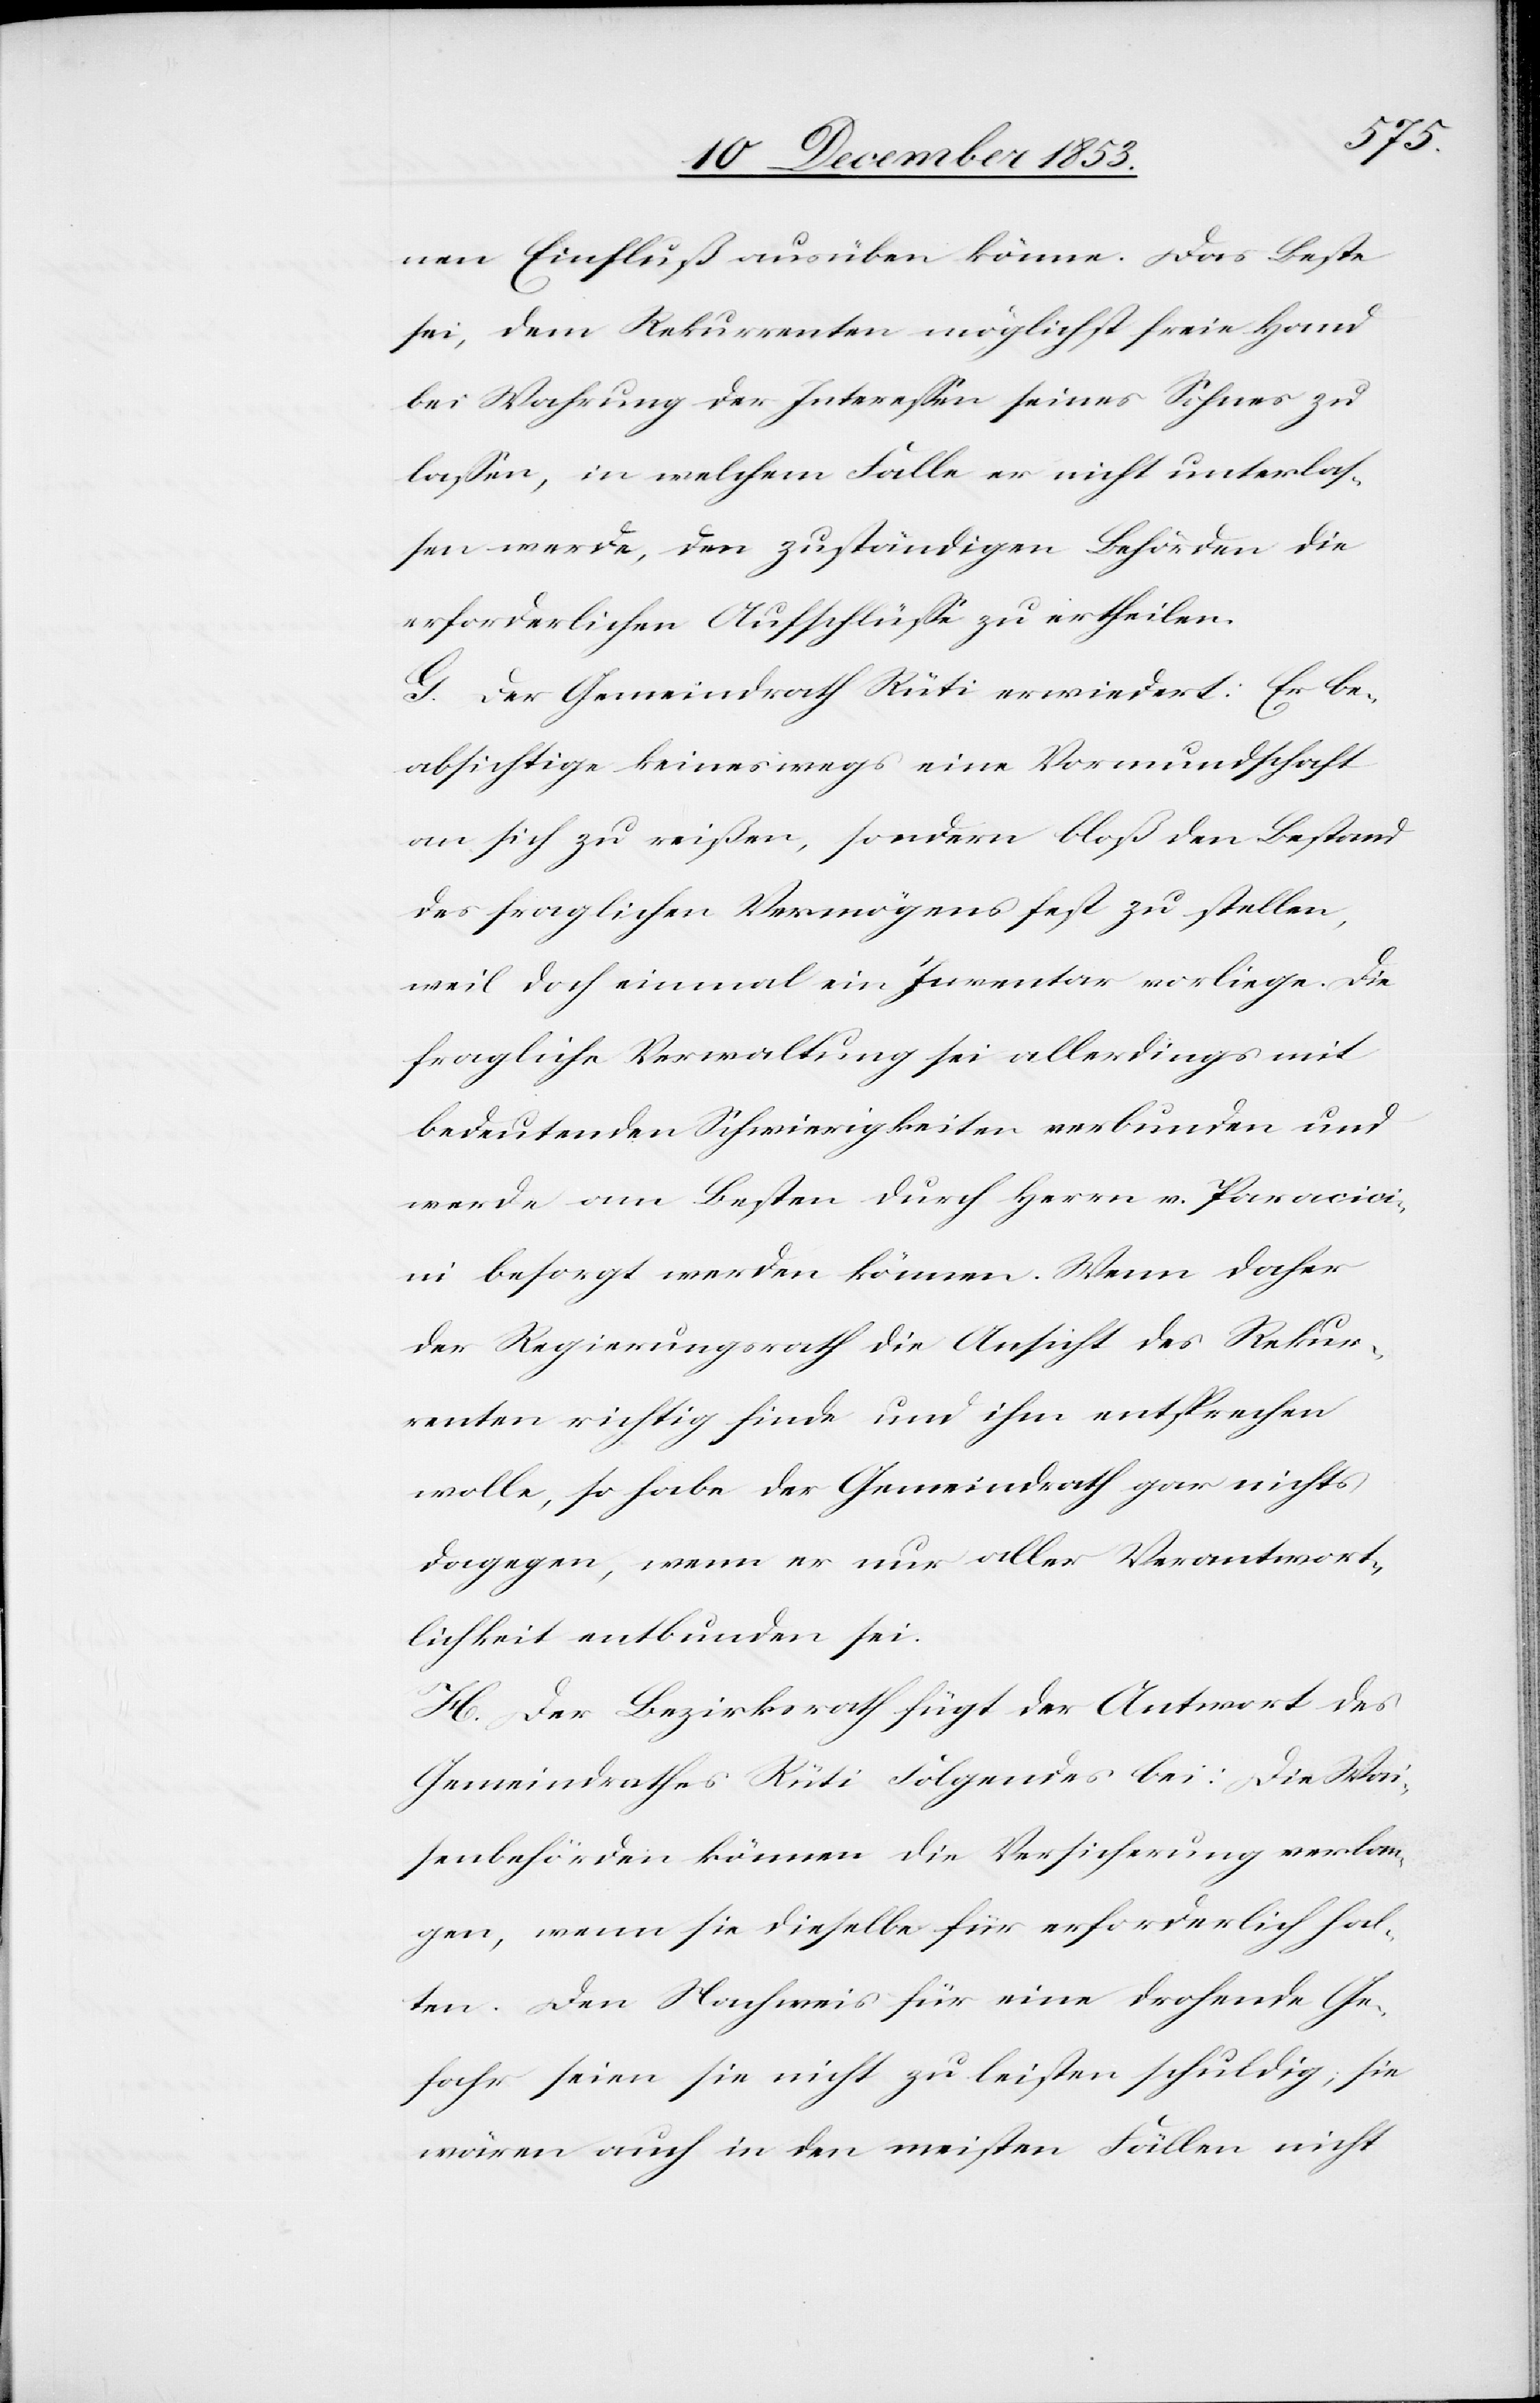
nen Einfluß ausüben könne. Das Beste
sei, dem Rekurrenten möglichst freie Hand
bei Wahrung der Intereßen seines Sohnes zu
laßen, in welchem Falle er nicht unterlaß¬
en werde, den zuständigen Behörden die
erforderlichen Aufschlüße zu ertheilen.
G. Der Gemeindrath Rüti erwiedert: Er be¬
absichtige keineswegs eine Vormundschaft
an sich zu reißen, sondern bloß den Bestand
des fraglichen Vermögens fest zu stellen,
weil doch einmal ein Inventar vorliege. Die
fragliche Verwaltung sei allerdings mit
bedeutenden Schwierigkeiten verbunden und
werde am Besten durch Herrn v. Paravic¬
ini besorgt werden können. Wenn daher
der Regierungsrath die Ansicht des Rekur¬
renten richtig finde und ihm entsprechen
wolle, so habe der Gemeindrath gar nichts
dagegen, wenn er nur aller Verantwort¬
lichkeit entbunden sei.
H. Der Bezirksrath fügt der Antwort des
Gemeindrathes Rüti Folgendes bei: Die Wai¬
senbehörden können die Versicherung verlan¬
gen, wenn sie dieselbe für erforderlich hal¬
ten. Den Nachweis für eine drohende Ge¬
fahr seien sie nicht zu leisten schuldig, sie
wären auch in den meisten Fällen nicht